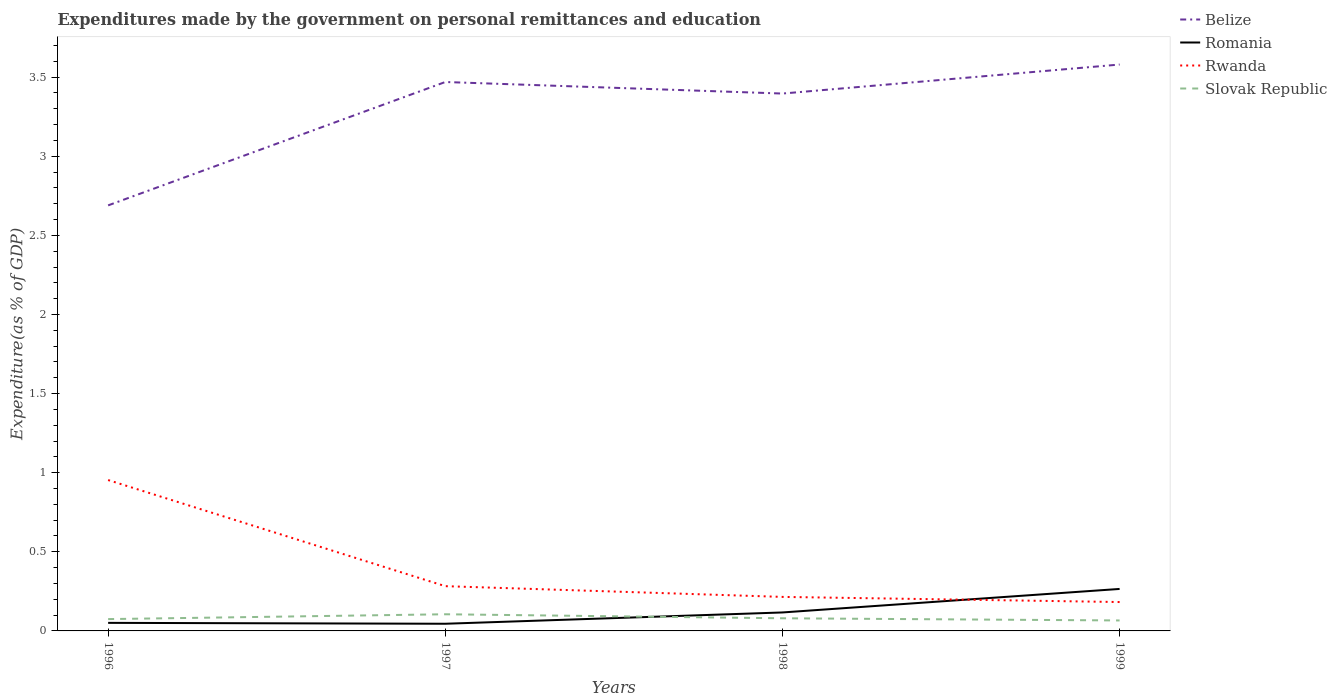
| Years | Belize | Romania | Rwanda | Slovak Republic |
 | --- | --- | --- | --- | --- |
 | 1996 | 2.69 | 0.0509 | 0.954 | 0.0747 |
 | 1997 | 3.47 | 0.0453 | 0.283 | 0.105 |
 | 1998 | 3.4 | 0.117 | 0.215 | 0.0799 |
 | 1999 | 3.58 | 0.265 | 0.183 | 0.0662 |